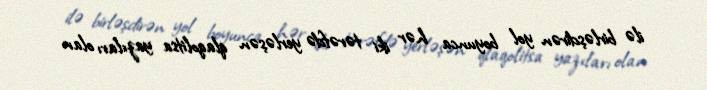
ilə birləşdirən yol boyunca hər iki tərəfdə yerləşən qlaqolitsa yazıları olan